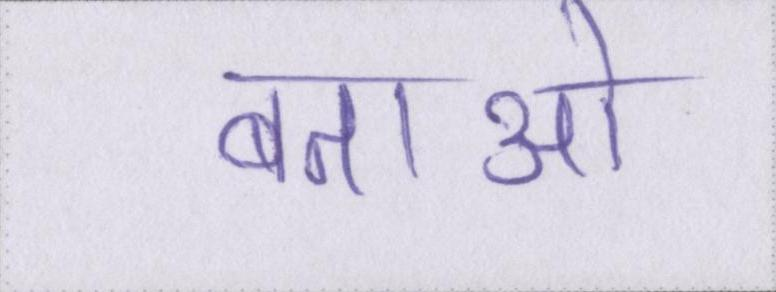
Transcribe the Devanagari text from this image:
बताओ